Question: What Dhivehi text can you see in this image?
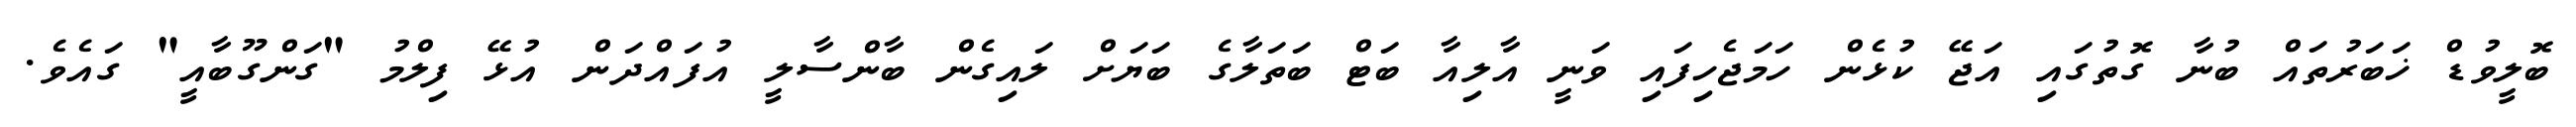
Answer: ބޮލީވުޑް ޚަބަރުތައް ބުނާ ގޮތުގައި އަޖޭ ކުޅެން ހަމަޖެހިފައި ވަނީ އާލިއާ ބަޓް ބަތަލާގެ ބަޔަށް ލައިގެން ބާންސާލީ އުފައްދަން އުޅޭ ފިލްމު "ގަންގޫބާއީ" ގައެވެ.